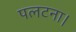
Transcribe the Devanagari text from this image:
पलटना।